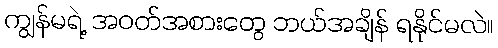
ကျွန်မရဲ့ အဝတ်အစားတွေ ဘယ်အချိန် ရနိုင်မလဲ။